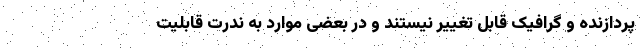
پردازنده و گرافیک قابل تغییر نیستند و در بعضی موارد به ندرت قابلیت